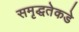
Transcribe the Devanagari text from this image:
समृद्धतेकडे